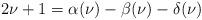
LaTeX: \begin{align*}2\nu +1=\alpha (\nu )-\beta (\nu )-\delta (\nu )\end{align*}